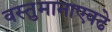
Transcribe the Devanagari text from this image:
वस्तुमानाएवढे